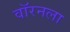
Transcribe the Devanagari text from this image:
वॉरनला